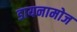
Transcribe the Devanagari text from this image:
डायनामोज